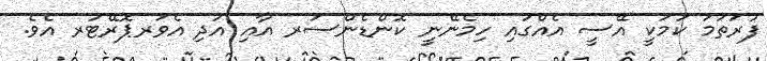
ފުރަތަމަ ކަމަކީ އޭސީ އެއްގައި ހިމެނޭނީ ކޮންޑެންސަރ އާއި އަދި އެވަރޕޮރޭޓަރ އެވެ.